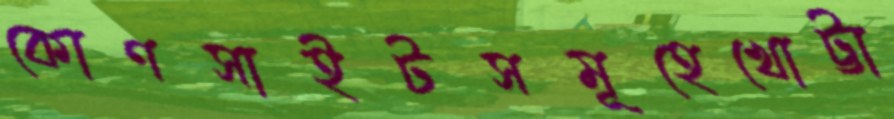
কোণসাইটসমূহেখোট্টা